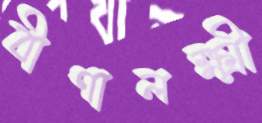
বীণালক্ষ্মী